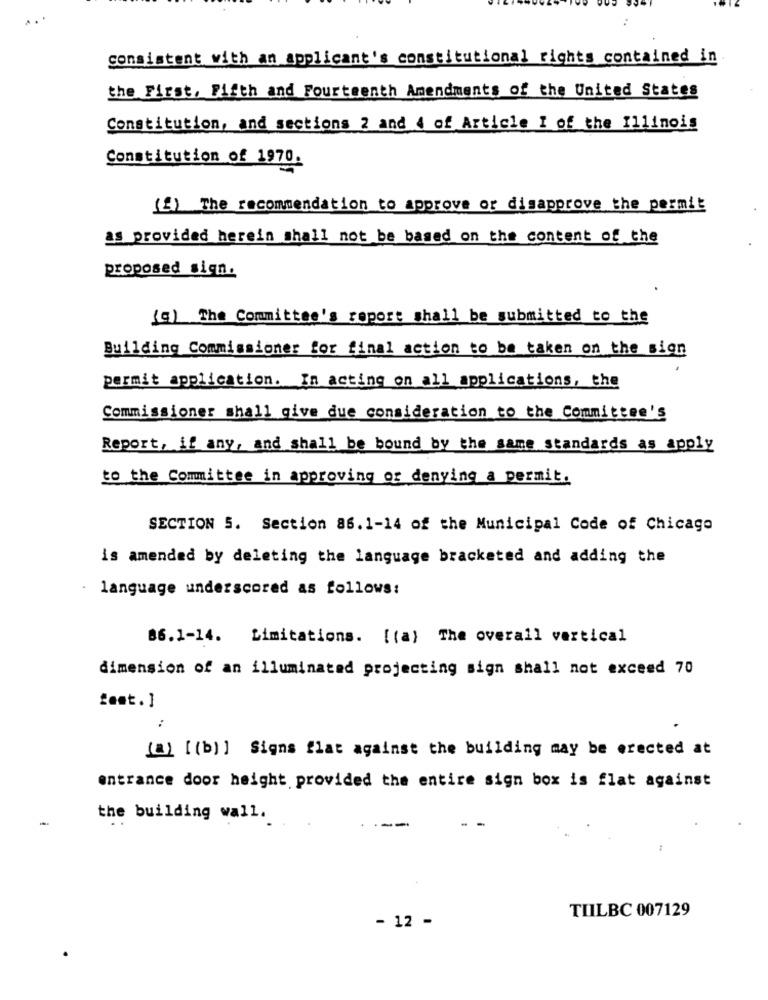
..
consistent with an applicant's constitutional rights contained in
the First, Fifth and Fourteenth Amendments of the United States
Constitution, and sections 2 and 4 of Article I of the Illinois
Constitution of 1970.
(f) The recommendation to approve or disapprove the permit
as provided herein shall not be based on the content of the
proposed sign.
(g) The Committee's report shall be submitted to the
Building Commissioner for final action to be taken on the sign
permit application. In acting on all applications, the
Commissioner shall give due consideration to the Committee's
Report, if any, and shall be bound by the same standards as apply
to the Committee in approving of denying a permit.
SECTION 5. Section 86.1-14 of the Municipal Code of Chicago
is amended by deleting the language bracketed and adding the
· language underscored as follows:
86.1-14. Limitations. [(a) The overall vertical
dimension of an illuminated projecting sign shall not exceed 70
fest.]
(a) [ (b) ] Signs flat against the building may be erected at
entrance door height provided the entire sign box is flat against
-
the building wall.
----
TIILBC 007129
- 12 -